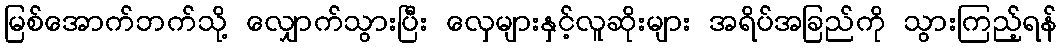
မြစ်အောက်ဘက်သို့ လျှောက်သွားပြီး လှေများနှင့်လူဆိုးများ အရိပ်အခြည်ကို သွားကြည့်ရန်